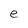
Character: e